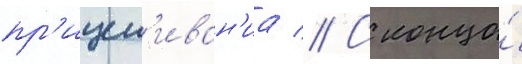
пр'ицел'иван'иа // С конца́